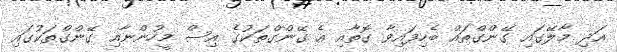
އަދި މާލޭގައި ގޭންގްތައް ބެހިފައިވާ ގޮތާއި އެ ގޭންގްތަކުގެ އިސް މީހުންނާއި ގޭންގްތަކުގައި